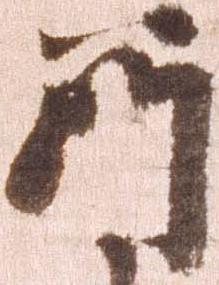
所